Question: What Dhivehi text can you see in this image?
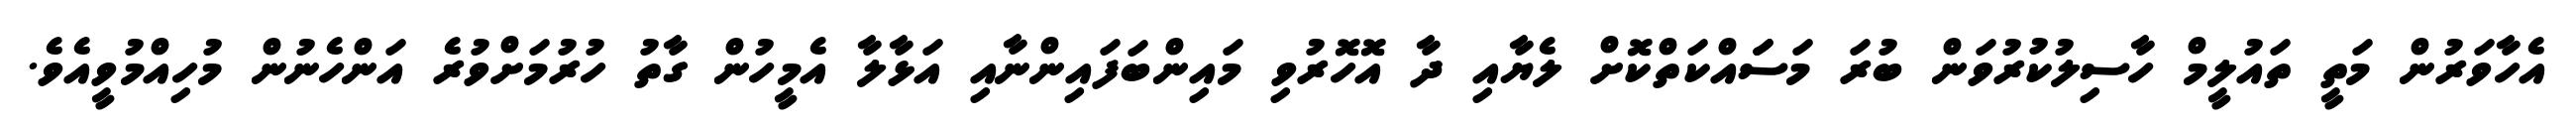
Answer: އެހާވަރުން މަތީ ތައުލީމް ހާސިލުކުރުވަން ބުރަ މަސަައްކަތްކޮށް ލެޔާއި ދާ އޮހޮރުވި މައިންބަފައިންނާއި އަޅާލާ އެމީހުން ގާތު ހުރުމަށްވުރެ އަންހެނުން މުހިއްމުވީއެވެ.